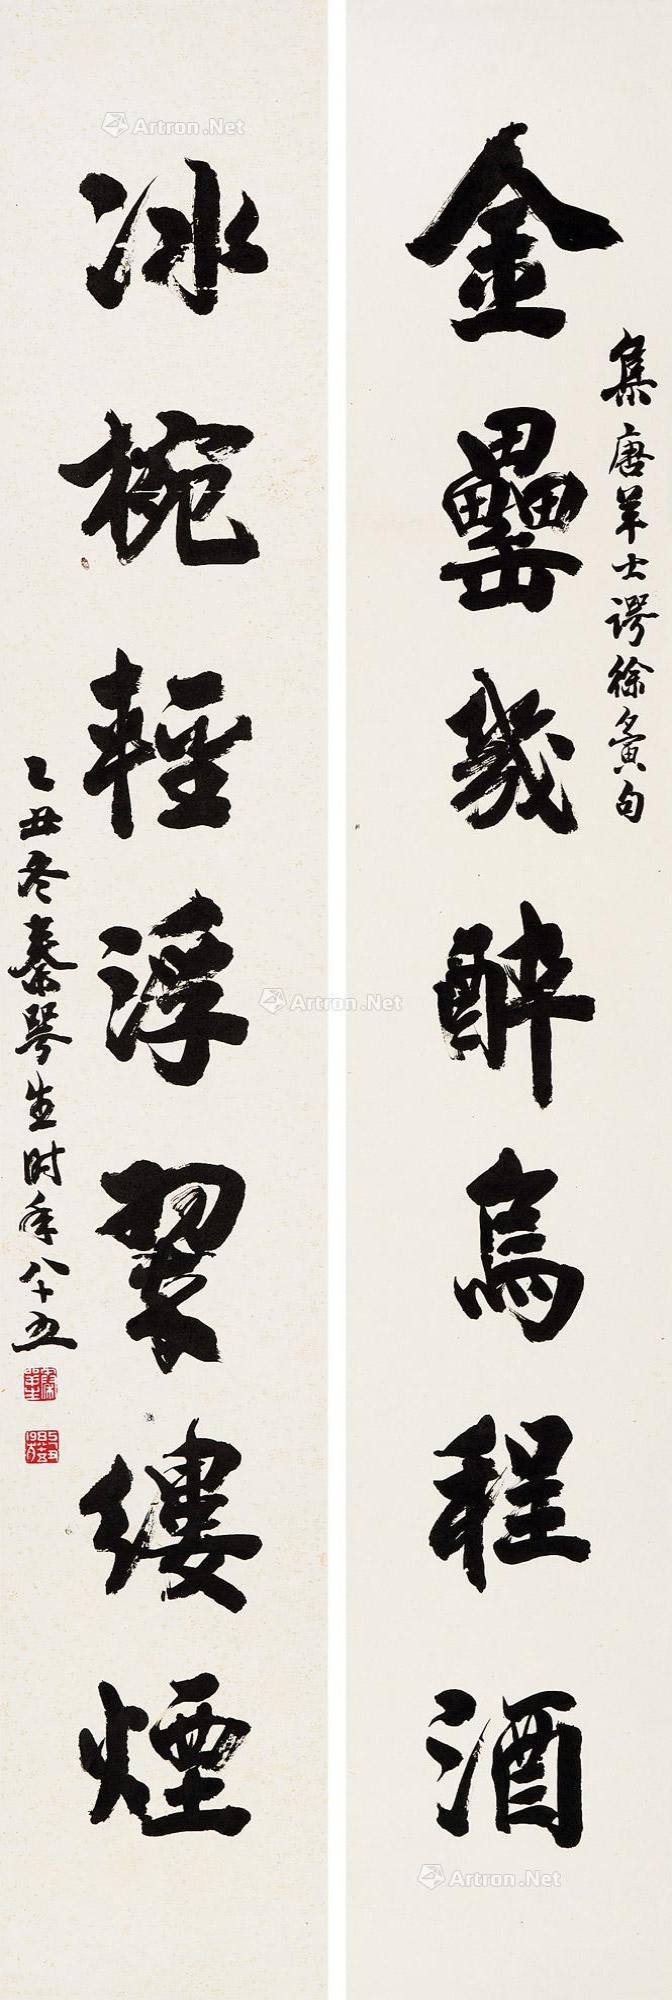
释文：金罍几醉乌程酒，冰碗轻浮翠缕烟。集唐羊士谔、徐夤句。乙丑冬，秦咢生时年八十五。